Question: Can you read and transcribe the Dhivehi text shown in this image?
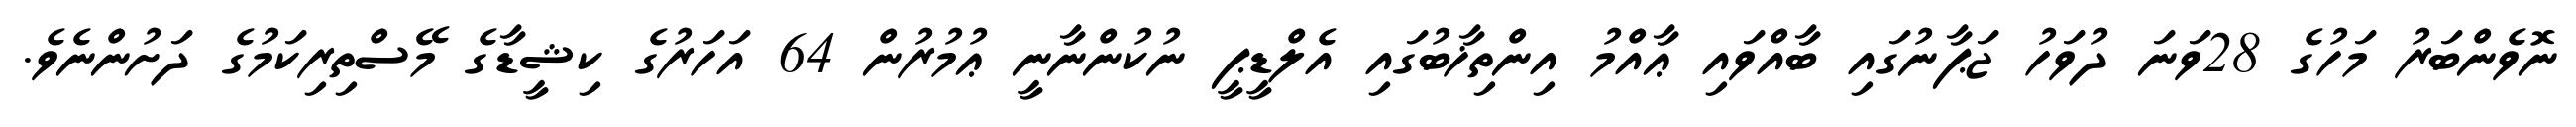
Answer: ނޮވެންބަރު މަހުގެ 28ވަނަ ދުވަހު ޖަޕާނުގައި ބާއްވައި ޢާއްމު އިންތިޚާބުގައި އެލްޑީޕީ ނުކުންނާނީ ޢުމުރުން 64 އަހަރުގެ ކިޝީޑާގެ މޭސްތިރިކަމުގެ ދަށުންނެވެ.